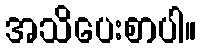
အသိပေးစာပါ။